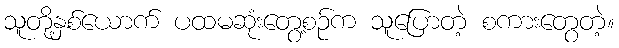
သူတို့နှစ်ယောက် ပထမဆုံးတွေ့စဉ်က သူပြောတဲ့ စကားတွေတဲ့။